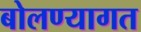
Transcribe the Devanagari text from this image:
बोलण्यागत